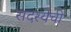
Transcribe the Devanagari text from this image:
सदस्येची